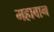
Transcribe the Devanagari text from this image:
महाबान